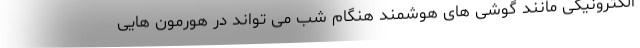
الکترونیکی مانند گوشی های هوشمند هنگام شب می تواند در هورمون هایی